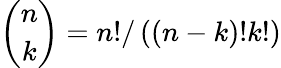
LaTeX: \binom{n}{k}=n!/\left(\left(n-k\right)!k!\right)